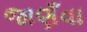
જાણઁવા